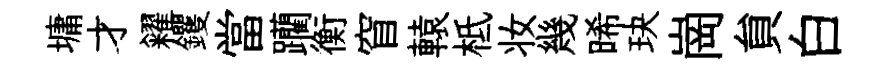
墉才糴钁當躪衡窅轅柢妆幾晞玦崗貟白